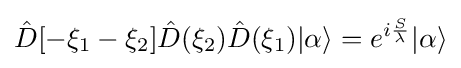
{\hat {D}}[-\xi _{1}-\xi _{2}]{\hat {D}}(\xi _{2}){\hat {D}}(\xi _{1})|\alpha \rangle =e^{i{\frac {S}{\lambda }}}|\alpha \rangle